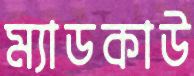
ম্যাডকাউ